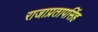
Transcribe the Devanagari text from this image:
राजाप्रतापसिंह